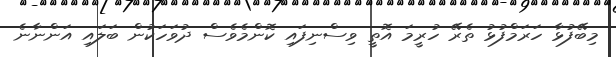
މިބޭފުޅާ ހަރަމްފުޅު ތެރޭ ހުރީމަ އޮތީ ވިސްނިފައި ކޮންމެވެސް ދުވަހަކުން ބަލައި އަންނާނެ